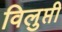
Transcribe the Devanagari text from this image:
विलुप्ती